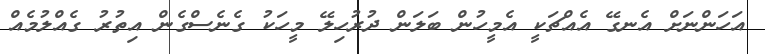
އަހަންނަށް އެނގޭ އެއްޗަކީ އެމީހުން ބަލަން ދުރުހިލޭ މީހަކު ގެނެސްގެން އިތުރު ގެއްލުމެއް